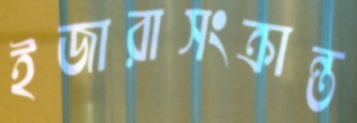
ইজারাসংক্রান্ত